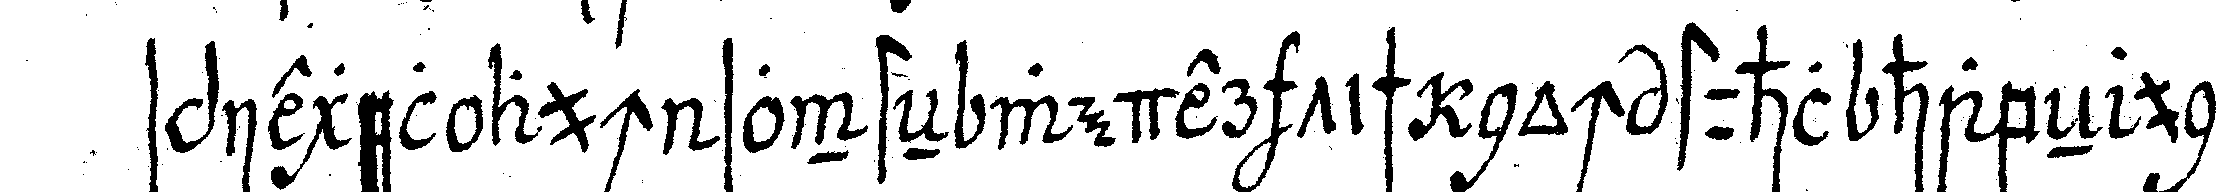
spiegel auch sonsteN weder tisch noch stuhl habeN und